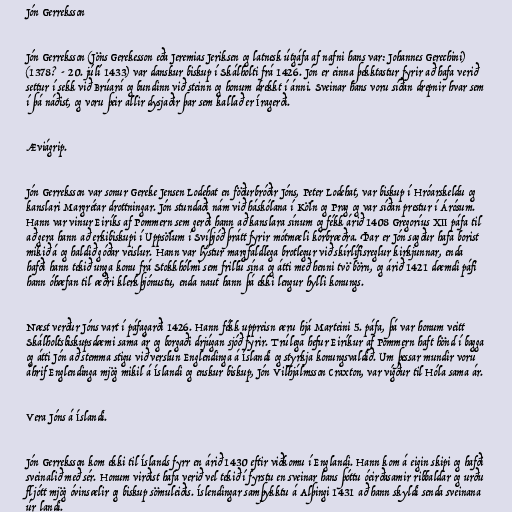
Jón Gerreksson

Jón Gerreksson (Jöns Gerekesson eða Jeremias Jeriksen og latnesk útgáfa af nafni hans var: Johannes Gerechini)
(1378? - 20. júlí 1433) var danskur biskup í Skálholti frá 1426. Jón er einna þekktastur fyrir að hafa verið
settur í sekk við Brúará og bundinn við steinn og honum drekkt í ánni. Sveinar hans voru síðan drepnir hvar sem
í þá náðist, og voru þeir allir dysjaðir þar sem kallað er Íragerði.

Æviágrip.

Jón Gerreksson var sonur Gereke Jensen Lodehat en föðurbróðir Jóns, Peter Lodehat, var biskup í Hróarskeldu og
kanslari Margrétar drottningar. Jón stundaði nám við háskólana í Köln og Prag og var síðan prestur í Árósum.
Hann var vinur Eiríks af Pommern sem gerði hann að kanslara sínum og fékk árið 1408 Gregoríus XII páfa til
að gera hann að erkibiskupi í Uppsölum í Svíþjóð þrátt fyrir mótmæli kórbræðra. Þar er Jón sagður hafa borist
mikið á og haldið góðar veislur. Hann var lýstur margfaldlega brotlegur við skírlífisreglur kirkjunnar, enda
hafði hann tekið unga konu frá Stokkhólmi sem frillu sína og átti með henni tvö börn, og árið 1421 dæmdi páfi
hann óhæfan til æðri klerkþjónustu, enda naut hann þá ekki lengur hylli konungs.

Næst verður Jóns vart í páfagarði 1426. Hann fékk uppreisn æru hjá Marteini 5. páfa, þá var honum veitt
Skálholtsbiskupsdæmi sama ár og borgaði drjúgan sjóð fyrir. Trúlega hefur Eiríkur af Pommern haft hönd í bagga
og átti Jón að stemma stigu við verslun Englendinga á Íslandi og styrkja konungsvaldið. Um þessar mundir voru
áhrif Englendinga mjög mikil á Íslandi og enskur biskup, Jón Vilhjálmsson Craxton, var vígður til Hóla sama ár.

Vera Jóns á Íslandi.

Jón Gerreksson kom ekki til Íslands fyrr en árið 1430 eftir viðkomu í Englandi. Hann kom á eigin skipi og hafði
sveinalið með sér. Honum virðist hafa verið vel tekið í fyrstu en sveinar hans þóttu óeirðasamir ribbaldar og urðu
fljótt mjög óvinsælir og biskup sömuleiðis. Íslendingar samþykktu á Alþingi 1431 að hann skyldi senda sveinana
úr landi.